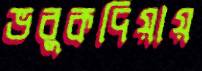
ভবুকদিয়ায়